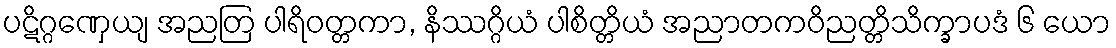
ပဋိဂ္ဂဏှေယျ အညတြ ပါရိဝတ္တကာ, နိဿဂ္ဂိယံ ပါစိတ္တိယံ အညာတကဝိညတ္တိသိက္ခာပဒံ ၆ ယော